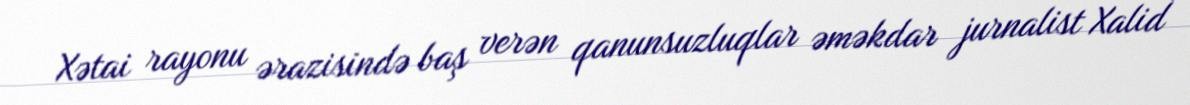
Xətai rayonu ərazisində baş verən qanunsuzluqlar əməkdar jurnalist Xalid